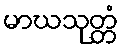
မာဃသုတ္တံ